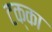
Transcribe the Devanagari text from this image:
टक्‍का